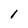
Character: 1